Statistical return of the lunatic asylum in Assam - 1912-1932
Year: 1912
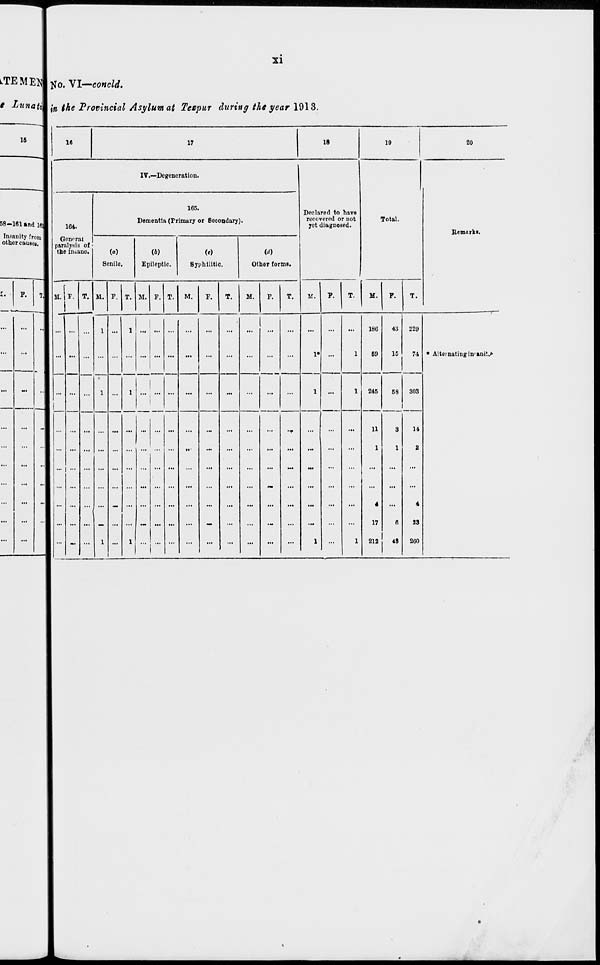
LTEME^
t Lunati
si
tf o. VI—eoncld.
in, ike Provincial Asylum at Teepur during the year 1913.
16
16
17
18
19
20
IV.—Degeneration.
Declared to have
recovered or not
yet diagnosed.
Total.
-
58-181 and ljj
Insanity from
other causog.
164.
Genrr.il
paralysis of >
the in»ano.
165.
Dementia (Primary or Bocondary).
Remnrki.
(a)
Senile.
(6)
Epileptic.
Syphilitic.
Other forms.
r
P.
T
M. F. T. M. P. T. M. F. T.
M.
P.
T.
M.
P.
T.
M.
P.
T.
M.
P.
T.
...
...
-
...
...
1 ...
1 ... ...
...
...
...
...
...
...
1» ...
1
186
69
43
1C
229
74 * Alternating in-anit^
...
...
1 ...
1
|
i
...
...
...
...
...
...
1
1
245
58
303
_
14
2
4
23
200
...
...
...
-
...
1
-
1
...
...
...
...
~
...
...
-
•T
1
1
11
1
A
17
212
3
1
6
48
•